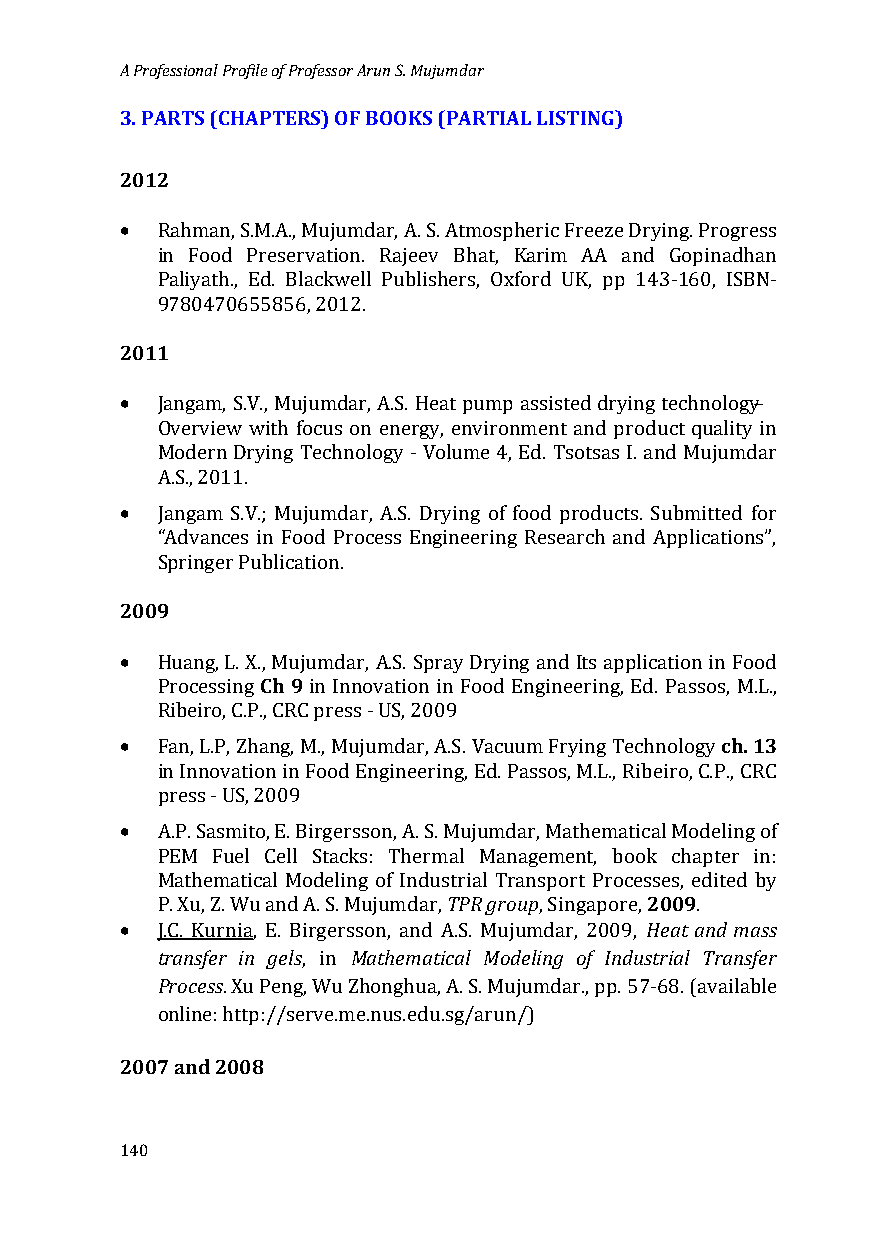
A Professional Profile of Professor Arun S. Mujumdar
 3. PARTS (CHAPTERS) OF BOOKS (PARTIAL LISTING)
 2012
 •
 Rahman, S.M.A., Mujumdar, A. S. Atmospheric Freeze Drying. Progress
 in Food Preservation. Rajeev Bhat, Karim AA and Gopinadhan
 Paliyath., Ed. Blackwell Publishers, Oxford UK, pp 143-160, ISBN-
 201197 80470655856, 2012.
 •
 Jangam, S.V., Mujumdar, A.S. Heat pump assisted drying technology−
 Overview with focus on energy, environment and product quality in
 Modern Drying Technology - Volume 4, Ed. Tsotsas I. and Mujumdar
 •
 A.S., 2011.
 Jangam S.V.; Mujumd ar, A.S. Drying of food products. Submitted for
 “Advances in Food Process Engineering Research and Applications”,
 2009Sp ringer Publication.
 •
 Ch 9
 Huang, L. X., Mujumdar, A.S. Spray Drying and Its application in Food
 Processing in Innovation in Food Engineering, Ed. Passos, M.L.,
 •                                       ch. 13
 Ribeiro, C.P., CRC press - US, 2009
 Fan, L.P, Zhang, M ., Mujumdar, A.S. Vacuum Frying Technology
 in Innovation in Food Engineering, Ed. Passos, M.L., Ribeiro, C.P., CRC
 •
 press - US, 2009
 A.P. Sasmito, E. Birgersson, A. S. Mujumdar, Mathematical Modeling of
 PEM Fuel Cell Stacks: ThermTalP RM garnouagpement, book2 0c0h9apter in:
 • Mathematical Modeling of Industrial Transport ProcesHseeas,t eadnidte md absys
 P. Xu, Z. Wu and A. S. Mujumdar, , Singapore, .
 transfer in gels Mathematical Modeling of Industrial Transfer
 J.C. Kurnia, E. Birgersson, and A.S. Mujumdar, 2009,
 Process
 , in
 . Xu Peng, Wu Zhonghua, A. S. Mujumdar., pp. 57-68. (available
 online: http://serve.me.nus.edu.sg/arun/)
 2007 and 2008
 140